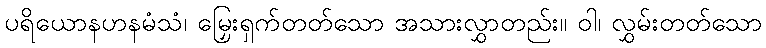
ပရိယောနဟနမံသံ၊ မြှေးရှက်တတ်သော အသားလွှာတည်း။ ဝါ၊ လွှမ်းတတ်သော